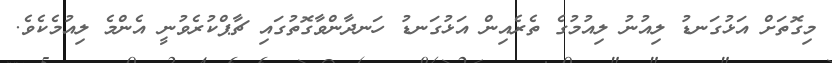
މިގޮތަށް އަޅުގަނޑު ލިއުނު ލިއުމުގެ ތެރެއިން އަޅުގަނޑު ހަނދާންވާގޮތުގައި ޗާޕްކުރެވުނީ އެންމެ ލިއުމެކެވެ.